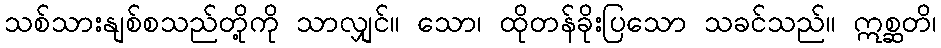
သစ်သားနျစ်စသည်တို့ကို သာလျှင်။ သော၊ ထိုတန်ခိုးပြသော သခင်သည်။ ဣစ္ဆတိ၊